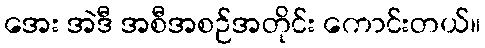
အေး အဲဒီ အစီအစဉ်အတိုင်း ကောင်းတယ်။